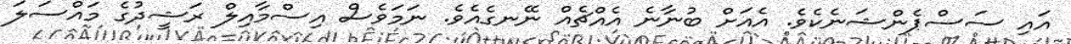
އައި ސަސްޕެންޝަނެކެވެ. އެއަށް ބުނާނެ އެއްޗެއް ނޭނގެއެވެ. ނަމަވެސް އިސްމާއިލް ރަޝީދުގެ މައްސަލަ